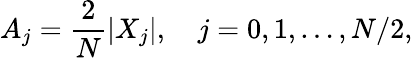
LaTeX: A_{j}=\frac{2}{N}|X_{j}|,\quad j=0,1,\dots,N/2,